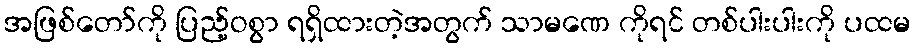
အဖြစ်တော်ကို ပြည့်ဝစွာ ရရှိထားတဲ့အတွက် သာမဏေ ကိုရင် တစ်ပါးပါးကို ပထမ